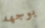
بوجهه